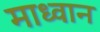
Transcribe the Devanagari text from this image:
माध्वान